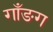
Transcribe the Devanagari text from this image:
गाँङग